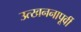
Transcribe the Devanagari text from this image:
उत्खननापूर्वी